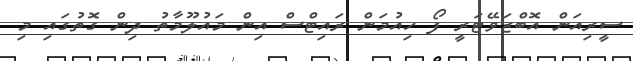
ސީރިއަން އޮބްޒަވޭޓަރީ ފޯ ހިއުމަން ރައިޓްސް އިން މައުލޫމާތު ދިން ގޮތުގައި މި